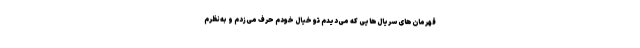
قهرمان‌های سریال‌هایی که می‌دیدم تو خیال خودم حرف می‌زدم و به‌نظرم